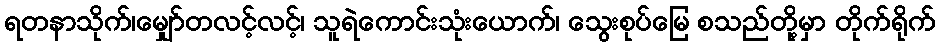
ရတနာသိုက်၊မျှော်တလင့်လင့်၊ သူရဲကောင်းသုံးယောက်၊ သွေးစုပ်မြေ စသည်တို့မှာ တိုက်ရိုက်